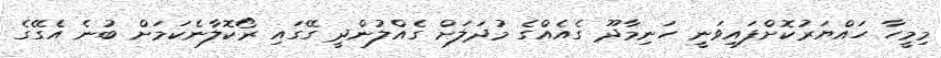
މިމީހާ ހައްޔަރުކޮށްފައިވަނީ ހަނިމާދޫ ގެއެއްގެ މުދަލަށް ގެއްލުންދީ ގޭގައި ރޯކޮލާނެކަމަށް ބުނެ އެގޭގެ